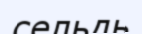
сельдь